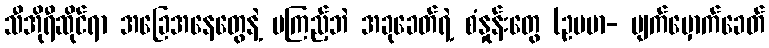
သီအိုရီဆိုင်ရာ အခြေအနေတွေနဲ့ မကြည့်ဘဲ အခုခေတ်ရဲ့ စံနှုန်းတွေ (ဥပမာ- မျက်မှောက်ခေတ်